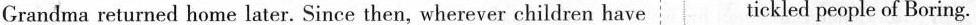
Grandma returned home later. Since then, wherever children have tickled people of Boring.